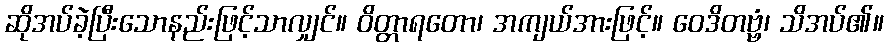
ဆိုအပ်ခဲ့ပြီးသောနည်းဖြင့်သာလျှင်။ ဝိတ္တာရတော၊ အကျယ်အားဖြင့်။ ဝေဒိတဗ္ဗံ၊ သိအပ်၏။